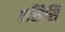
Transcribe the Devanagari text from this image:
एसिसि